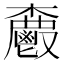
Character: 𮫗